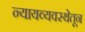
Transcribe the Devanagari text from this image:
न्यायव्यवस्थेतून